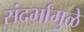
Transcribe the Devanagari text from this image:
संदर्भांमुळे